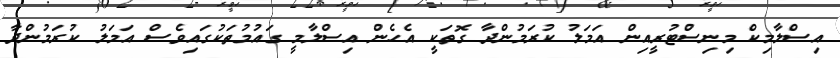
އިސްލާމިކް މިނިސްޓުރީއިން އަމަލު ކުރަމުންދާ ގޮތަކީ އެހެން އިސްލާމީ ގައުމުތަކުގައިވެސް އަމަލު ކުރަމުންދާ